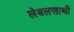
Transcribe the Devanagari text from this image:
लेबलसाथी